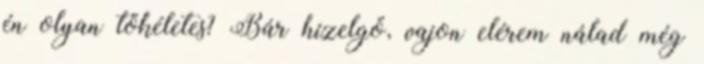
én olyan tökéletes? Bár hízelgő, vajon elérem nálad még